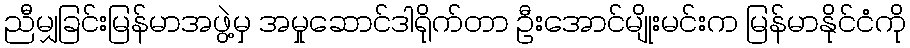
ညီမျှခြင်းမြန်မာအဖွဲ့မှ အမှုဆောင်ဒါရိုက်တာ ဦးအောင်မျိုးမင်းက မြန်မာနိုင်ငံကို